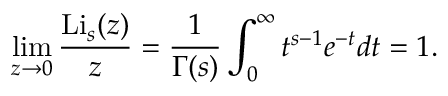
\operatorname* { l i m } _ { z \to 0 } { \frac { \operatorname { L i } _ { s } ( z ) } { z } } = { \frac { 1 } { \Gamma ( s ) } } \int _ { 0 } ^ { \infty } { t ^ { s - 1 } e ^ { - t } } d t = 1 .